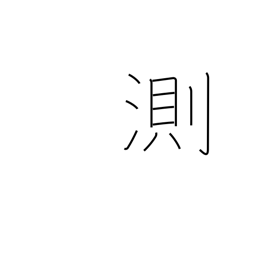
Meaning: fathom